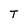
Character: T